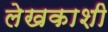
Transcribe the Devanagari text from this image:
लेखकाशी